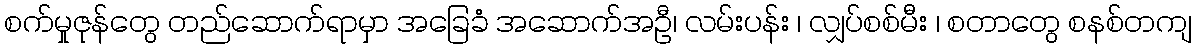
စက်မှုဇုန်တွေ တည်ဆောက်ရာမှာ အခြေခံ အဆောက်အဦ၊ လမ်းပန်း ၊ လျှပ်စစ်မီး ၊ စတာတွေ စနစ်တကျ